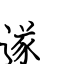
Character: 遂